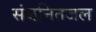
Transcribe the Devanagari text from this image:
संघनितजल